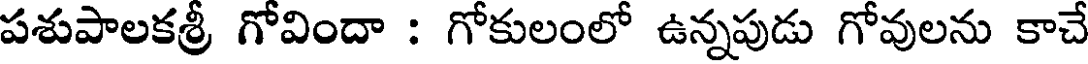
పశుపాలకశ్రీ గోవిందా : గోకులంలో ఉన్నపుడు గోవులను కాచే